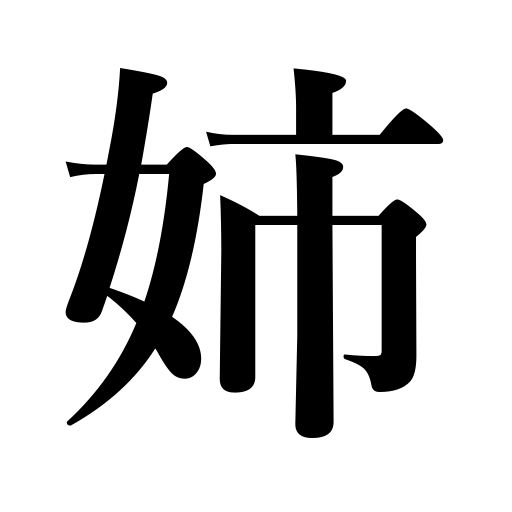
Meanings: elder sister